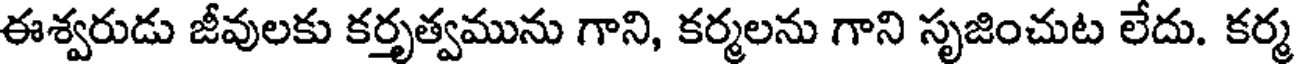
ఈశ్వరుడు జీవులకు కర్తృత్వమును గాని, కర్మలను గాని సృజించుట లేదు. కర్మ